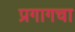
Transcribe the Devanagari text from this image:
प्रगागचा